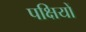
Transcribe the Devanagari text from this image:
पक्षियों